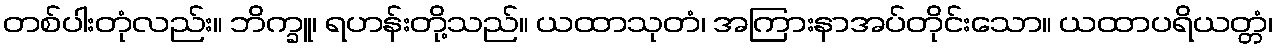
တစ်ပါးတုံလည်း။ ဘိက္ခူ၊ ရဟန်းတို့သည်။ ယထာသုတံ၊ အကြားနာအပ်တိုင်းသော။ ယထာပရိယတ္တံ၊